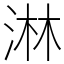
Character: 淋